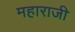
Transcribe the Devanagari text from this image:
महाराजी